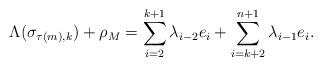
LaTeX: \begin{align*} \Lambda(\sigma_{\tau(m),k}) + \rho_M = \sum_{i=2}^{k+1} \lambda_{i-2} e_i + \sum_{i=k+2}^{n+1} \lambda_{i-1}e_i.\end{align*}